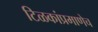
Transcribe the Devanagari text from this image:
टिळकांप्रमाणेच